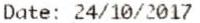
DATE: 24/10/2017